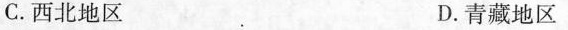
C.西北地区 D.青藏地区